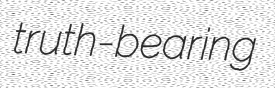
truth-bearing